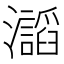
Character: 𤄅